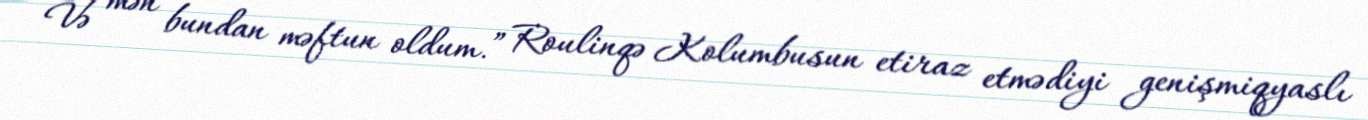
Və mən bundan məftun oldum.” Roulinqə Kolumbusun etiraz etmədiyi genişmiqyaslı